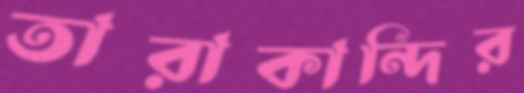
তারাকান্দির